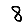
Digit: 8